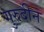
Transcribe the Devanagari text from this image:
गुरुदीन